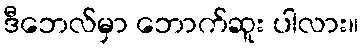
ဒီဘေလ်မှာ ဘောက်ဆူး ပါလား။